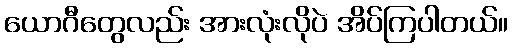
ယောဂီတွေလည်း အားလုံးလိုပဲ အိပ်ကြပါတယ်။